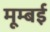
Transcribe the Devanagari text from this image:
मूम्बई